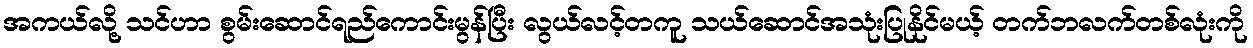
အကယ်လို့ သင်ဟာ စွမ်းဆောင်ရည်ကောင်းမွန်ပြီး လွယ်လင့်တကူ သယ်ဆောင်အသုံးပြုနိုင်မယ့် တက်ဘလက်တစ်လုံးကို